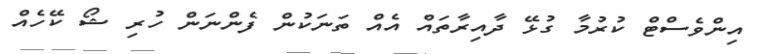
އިންވެސްޓް ކުރުމާ ގުޅޭ ދާއިރާތައް އެއް ތަނަކުން ފެންނަން ހުރި ޝޯ ކޭހެއް